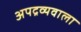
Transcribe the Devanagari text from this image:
अपद्रव्यवाला